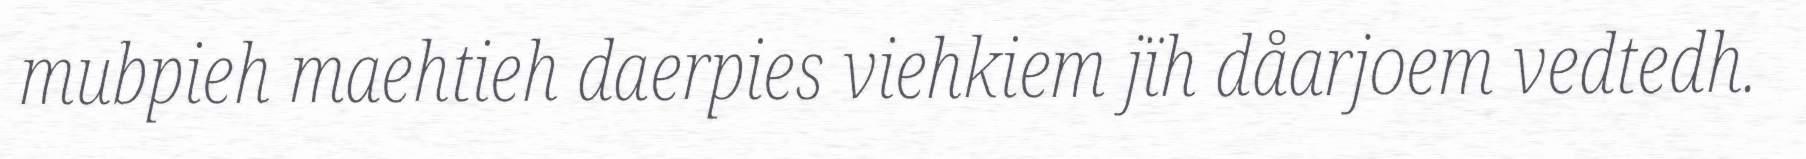
mubpieh maehtieh daerpies viehkiem jïh dåarjoem vedtedh.